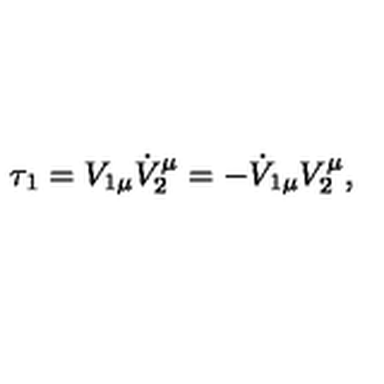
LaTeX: \tau _ { 1 } = V _ { 1 \mu } \dot { V } _ { 2 } ^ { \mu } = - \dot { V } _ { 1 \mu } V _ { 2 } ^ { \mu } ,